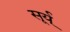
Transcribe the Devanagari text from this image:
सूर्य्